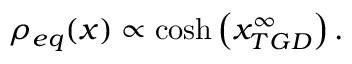
\rho _ { e q } ( x ) \propto \cosh \left( x _ { T G D } ^ { \infty } \right) .